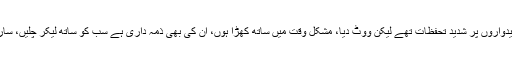
چودھری نثار نے مزید کہا کہ سینیٹ الیکشن میں امیدواروں پر شدید تحفظات تھے لیکن ووٹ دیا، مشکل وقت میں ساتھ کھڑا ہوں، ان کی بھی ذمہ داری ہے سب کو ساتھ لیکر چلیں، ساری زندگی نہ کسی کی جوتیاں اٹھائیں نہ سیدھی کیں۔